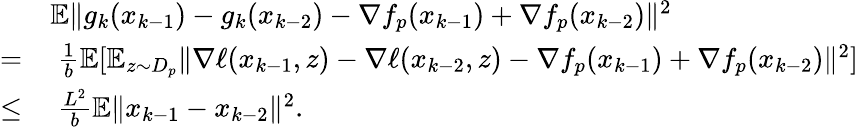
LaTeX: \begin{array}{rl}&{\mathbb{E}\| g_{k}(x_{k-1})-g_{k}(x_{k-2})-\nabla f_{p}(x_{k-1})+\nabla f_{p}(x_{k-2})\| ^{2}}\\ {=}&{\ \frac{1}{b}\mathbb{E}[\mathbb{E}_{z\sim D_{p}}\| \nabla\ell(x_{k-1},z)-\nabla\ell(x_{k-2},z)-\nabla f_{p}(x_{k-1})+\nabla f_{p}(x_{k-2})\| ^{2}]}\\ {\leq}&{\ \frac{L^{2}}{b}\mathbb{E}\| x_{k-1}-x_{k-2}\| ^{2}.}\end{array}